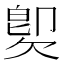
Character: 𣣝